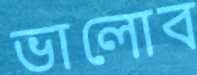
ভালোব